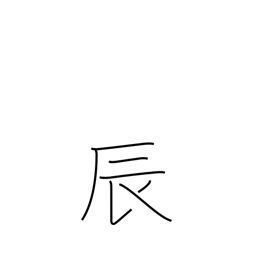
Meaning: sign of the dragon